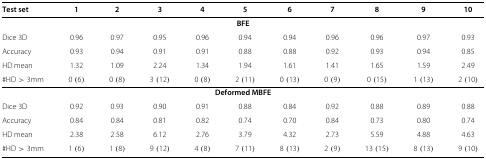
<table><thead><tr><td><b>Test set</b></td><td><b>1</b></td><td><b>2</b></td><td><b>3</b></td><td><b>4</b></td><td><b>5</b></td><td><b>6</b></td><td><b>7</b></td><td><b>8</b></td><td><b>9</b></td><td><b>10</b></td></tr></thead><tbody><tr><td colspan="4"><b>BFE</b></td><td> </td><td> </td><td> </td><td> </td><td> </td><td> </td><td> </td></tr><tr><td>Dice 3D</td><td>0.96</td><td>0.97</td><td>0.95</td><td>0.96</td><td>0.94</td><td>0.94</td><td>0.96</td><td>0.96</td><td>0.97</td><td>0.93</td></tr><tr><td>Accuracy</td><td>0.93</td><td>0.94</td><td>0.91</td><td>0.91</td><td>0.88</td><td>0.88</td><td>0.92</td><td>0.93</td><td>0.94</td><td>0.85</td></tr><tr><td>HD mean</td><td>1.32</td><td>1.09</td><td>2.24</td><td>1.34</td><td>1.94</td><td>1.61</td><td>1.41</td><td>1.65</td><td>1.59</td><td>2.49</td></tr><tr><td><i>#</i>HD &gt; 3mm</td><td>0 (6)</td><td>0 (8)</td><td>3 (12)</td><td>0 (8)</td><td>2 (11)</td><td>0 (13)</td><td>0 (9)</td><td>0 (15)</td><td>1 (13)</td><td>2 (10)</td></tr><tr><td colspan="4"><b>Deformed MBFE</b></td><td> </td><td> </td><td> </td><td> </td><td> </td><td> </td><td> </td></tr><tr><td>Dice 3D</td><td>0.92</td><td>0.93</td><td>0.90</td><td>0.91</td><td>0.88</td><td>0.84</td><td>0.92</td><td>0.88</td><td>0.89</td><td>0.88</td></tr><tr><td>Accuracy</td><td>0.84</td><td>0.84</td><td>0.81</td><td>0.82</td><td>0.74</td><td>0.70</td><td>0.84</td><td>0.73</td><td>0.80</td><td>0.74</td></tr><tr><td>HD mean</td><td>2.38</td><td>2.58</td><td>6.12</td><td>2.76</td><td>3.79</td><td>4.32</td><td>2.73</td><td>5.59</td><td>4.88</td><td>4.63</td></tr><tr><td><i>#</i>HD &gt; 3mm</td><td>1 (6)</td><td>1 (8)</td><td>9 (12)</td><td>4 (8)</td><td>7 (11)</td><td>8 (13)</td><td>2 (9)</td><td>13 (15)</td><td>8 (13)</td><td>9 (10)</td></tr></tbody></table>